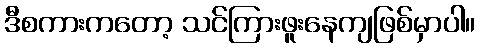
ဒီစကားကတော့ သင်ကြားဖူးနေကျဖြစ်မှာပါ။